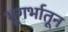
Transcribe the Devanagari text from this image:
भूगर्भातून